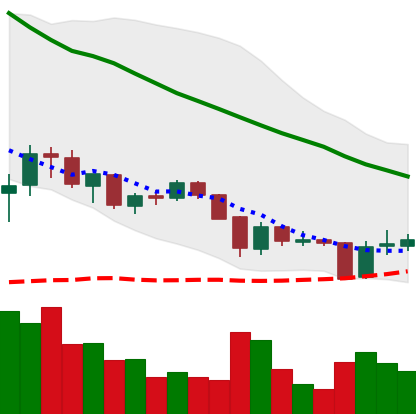
Ticker: XRP-USD
Chart end date: 2018-05-31
Forward return: 10.511%
Label: up_7plus